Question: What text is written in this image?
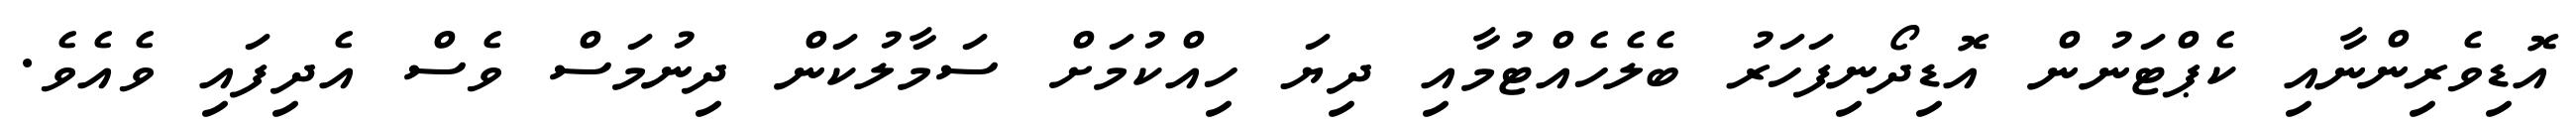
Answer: އޮޑިވެރިންނާއި ކެޕްޓަނުން އޮޑިދޯނިފަހަރު ބެލެހެއްޓުމާއި ދިޔަ ހިއްކުމަށް ސަމާލުކަން ދިނުމަސް ވެސް އެދިފައި ވެއެވެ.